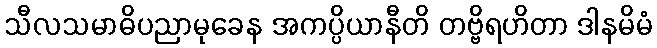
သီလသမာဓိပညာမုခေန အကပ္ပိယာနီတိ တဗ္ဗိရဟိတာ ဒါနမိမံ